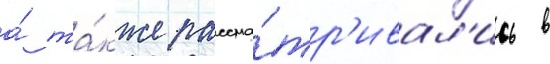
а́ та́кже рассма́тр'ивал'ись в